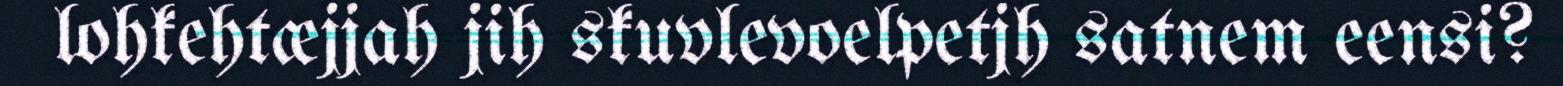
lohkehtæjjah jih skuvlevoelpetjh satnem eensi?